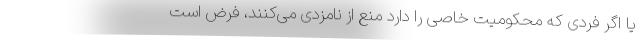
یا اگر فردی که محکومیت خاصی را دارد منع از نامزدی می‌کنند، فرض است